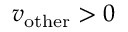
v _ { \mathrm { o t h e r } } > 0